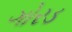
ગોરડ